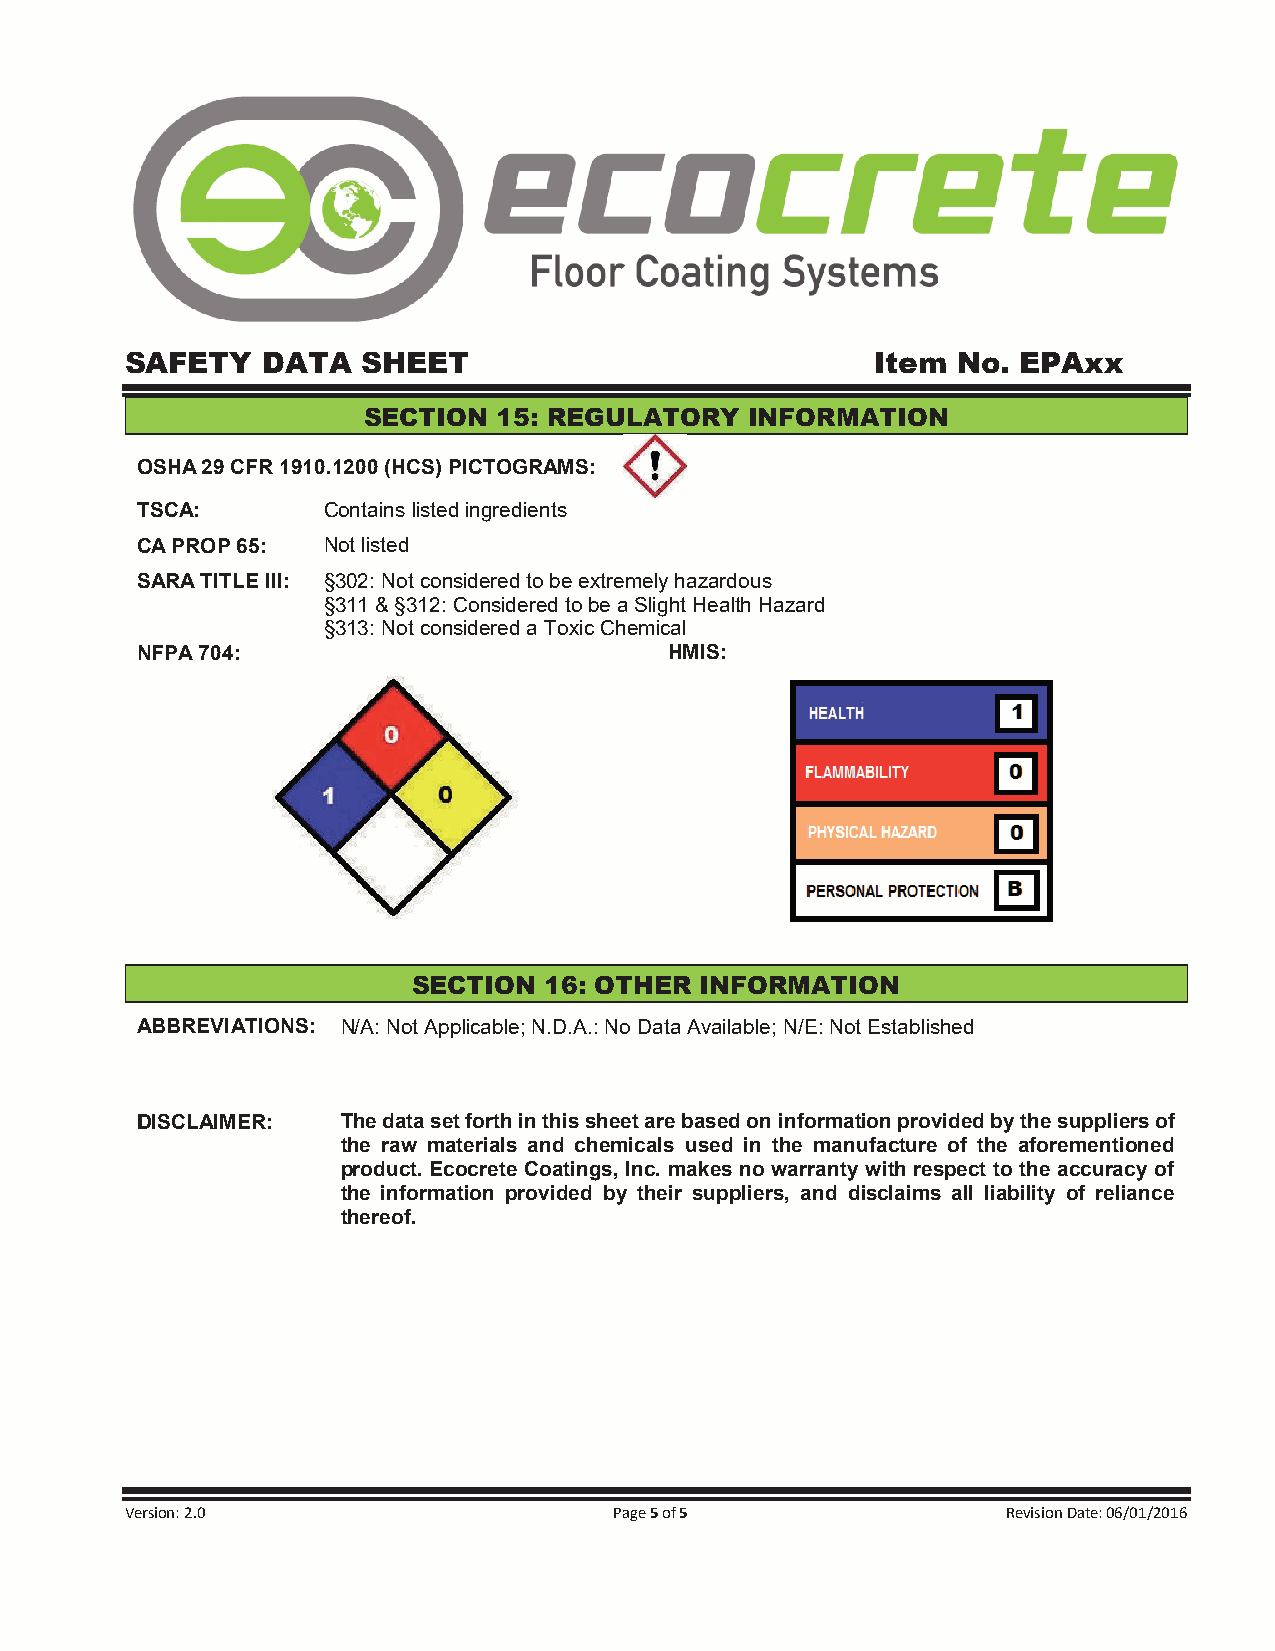
SAFETY   DATA   SHEET                             Item No.  EPAxx
 SECTION  15: REGULATORY   INFORMATION
 OSHA 29 CFR 1910.1200 (HCS) PICTOGRAMS:
 TSCA:       Contains listed ingredients
 CA PROP 65: Not listed
 SARA TITLE III: §302: Not considered to be extremely hazardous
 §311 & §312: Considered to be a Slight Health Hazard
 §313: Not considered a Toxic Chemical
 NFPA 704:                          HMIS:
 SECTION  16: OTHER INFORMATION
 ABBREVIATIONS: N/A: Not Applicable; N.D.A.: No Data Available; N/E: Not Established
 DISCLAIMER:   The data set forth in this sheet are based on information provided by the suppliers of
 the raw materials and chemicals used in the manufacture of the aforementioned
 product. Ecocrete Coatings, Inc. makes no warranty with respect to the accuracy of
 the information provided by their suppliers, and disclaims all liability of reliance
 thereof.
 Version: 2.0                     Page 5 of 5               Revision Date: 06/01/2016